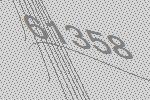
61358